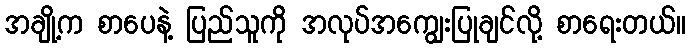
အချို့က စာပေနဲ့ ပြည်သူကို အလုပ်အကျွေးပြုချင်လို့ စာရေးတယ်။